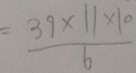
= \frac { 3 9 \times 1 1 \times 1 0 } { 6 }